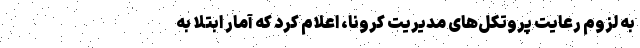
به لزوم رعایت پروتکل‌های مدیریت کرونا، اعلام کرد که آمار ابتلا به